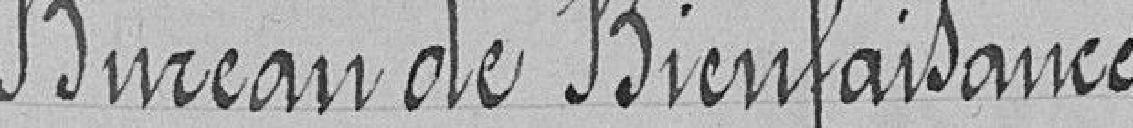
Bureau de Bienfaisance